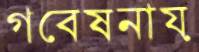
গবেষনায়